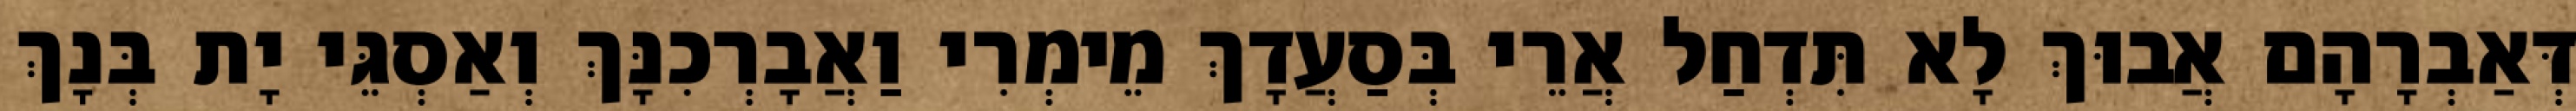
דְּאַבְרָהָם אֲבוּךְ לָא תִּדְחַל אֲרֵי בְּסַעֲדָךְ מֵימְרִי וַאֲבָרְכִנָּךְ וְאַסְגֵּי יָת בְּנָךְ